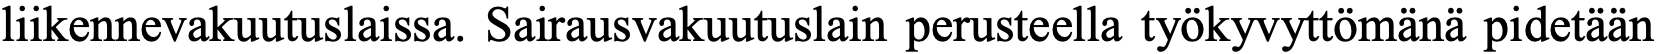
liikennevakuutuslaissa. Sairausvakuutuslain perusteella työkyvyttömänä pidetään